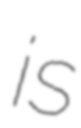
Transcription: is